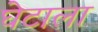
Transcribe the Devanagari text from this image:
घेटाला